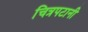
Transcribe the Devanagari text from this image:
चित्रपटानी